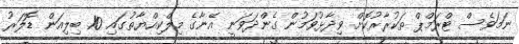
ނަމަވެސް ޓްރަމްޕް ތަކުރާރުކޮށް ވިދާޅުވަމުން ގެންދަވަނީ އޭނާގެ މިލްކިއްޔާތުގައި 10 ބިލިއަން ޑޮލަރު